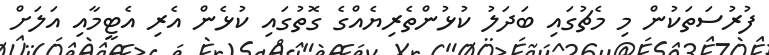
ފުރުސަތަކުން މި މެޗުގައި ބަދަލު ކުޅުންތެރިޔެއްގެ ގޮތުގައި ކުޅެން އެރި އެޓީމާއި އަލަށް